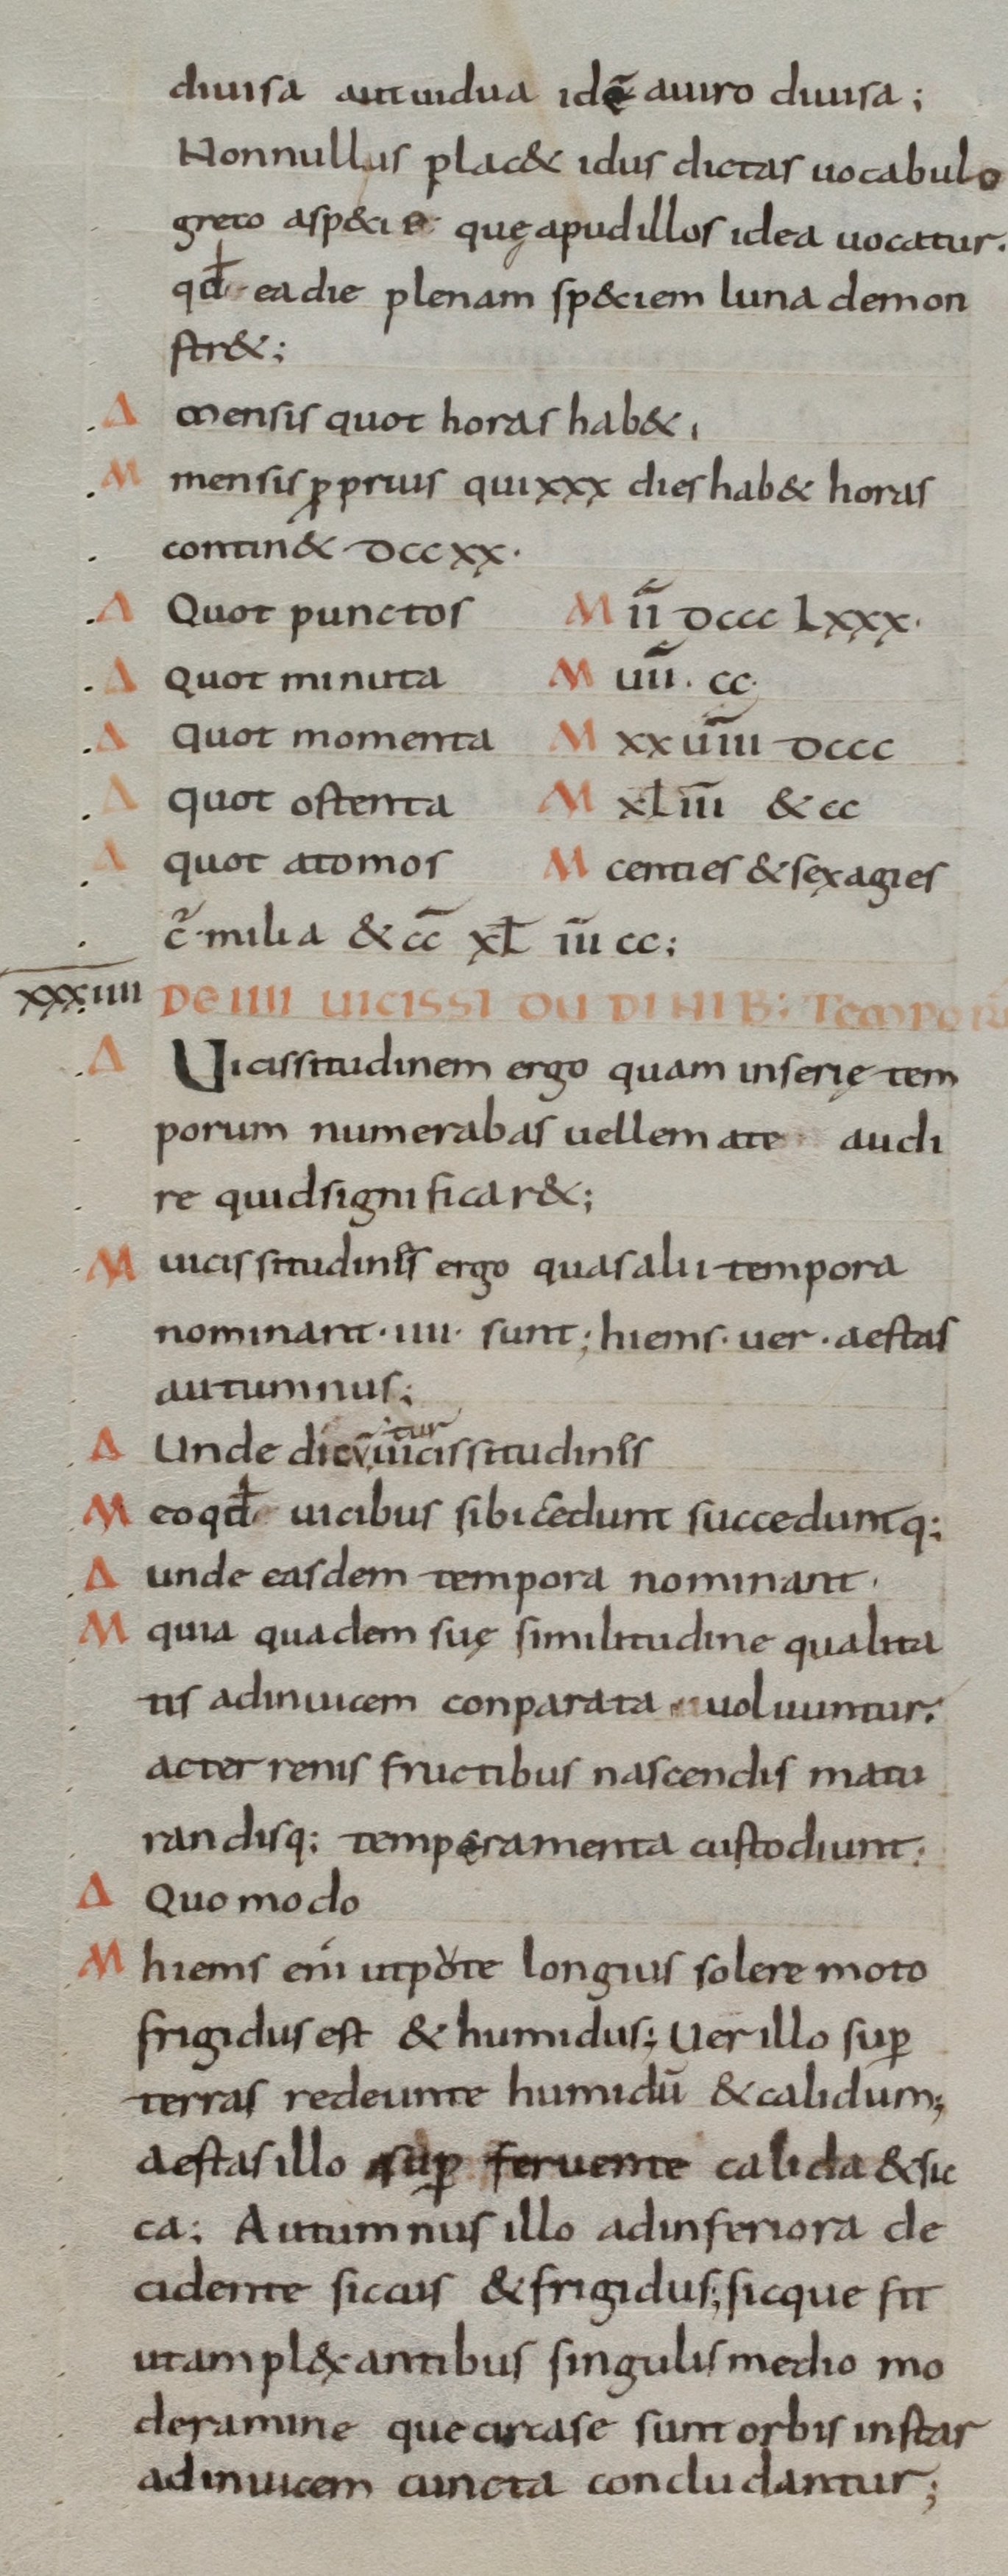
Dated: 800–899